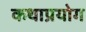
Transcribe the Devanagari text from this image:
कथाप्रयोग